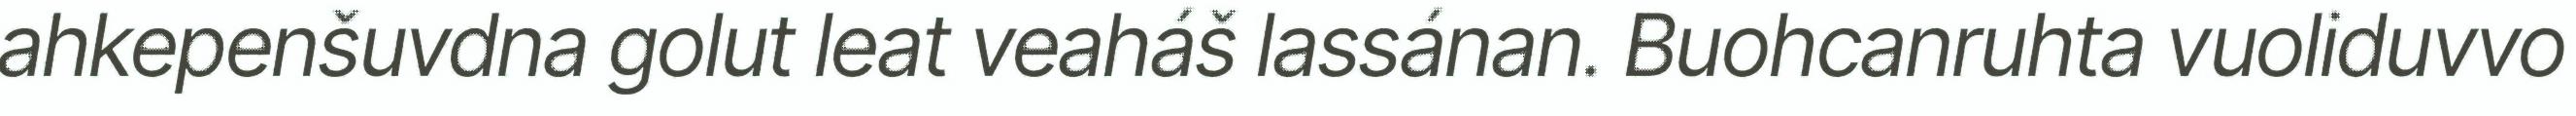
ahkepenšuvdna golut leat veaháš lassánan. Buohcanruhta vuoliduvvo